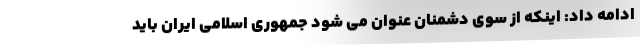
ادامه داد: اینکه از سوی دشمنان عنوان می شود جمهوری اسلامی ایران باید